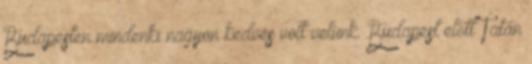
Budapesten mindenki nagyon kedves volt velünk. Budapest előtt Tatán